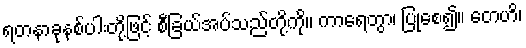
ရတနာခုနစ်ပါးတို့ဖြင့် စီခြယ်အပ်သည်တို့ကို။ ကာရေတွာ၊ ပြုစေ၍။ တေဟိ၊